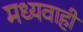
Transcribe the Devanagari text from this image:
मध्यवाही